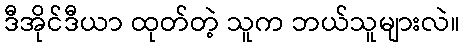
ဒီအိုင်ဒီယာ ထုတ်တဲ့ သူက ဘယ်သူများလဲ။